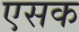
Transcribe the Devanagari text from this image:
एसक